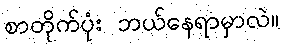
စာတိုက်ပုံး ဘယ်နေရာမှာလဲ။